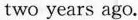
two years ago.